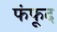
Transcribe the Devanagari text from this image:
फंफूद